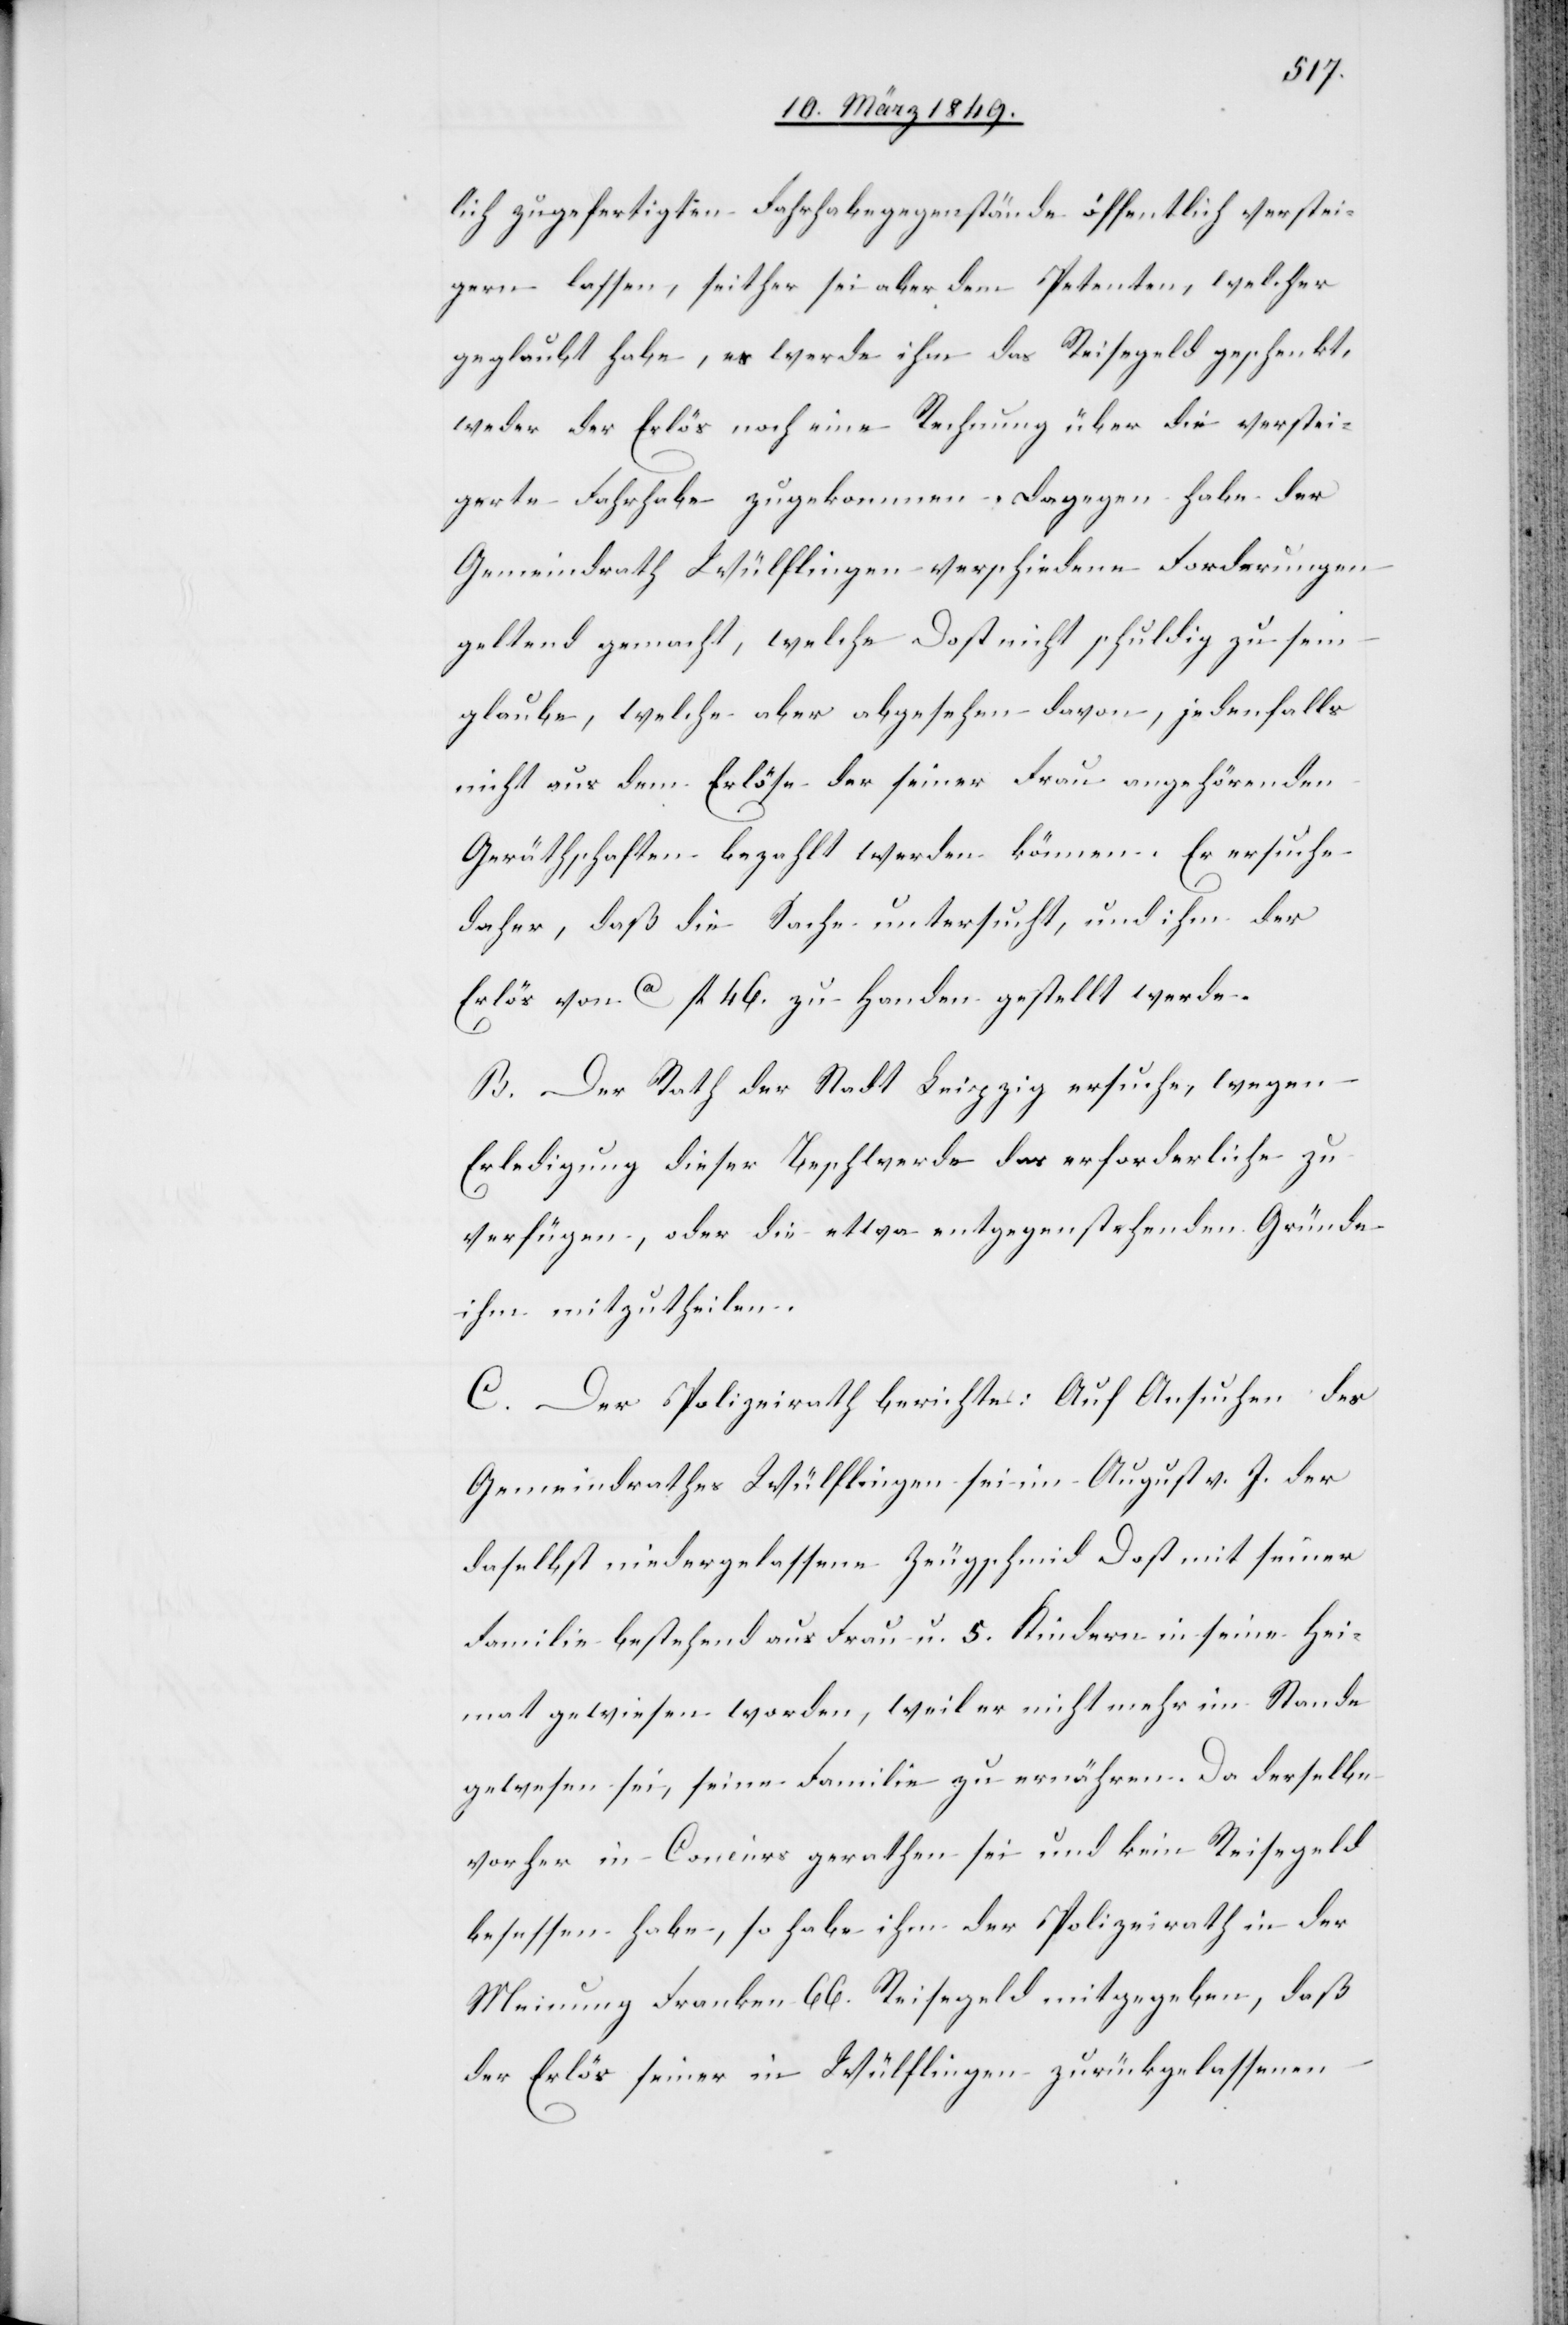
lich zugefertigten Fahrhabegegenstände öffentlich verstei¬
gern lassen, seither sei aber dem Petenten, welcher
geglaubt habe, es werde ihm das Reisegeld geschenkt,
weder der Erlös noch eine Rechnung über die verstei¬
gerte Fahrhabe zugekommen. Dagegen habe der
Gemeindrath Wülflingen verschiedene Forderungen
geltend gemacht, welche Dost nicht schuldig zu sein
glaube, welche aber abgesehen davon, jedenfalls
nicht aus dem Erlöse der seiner Frau angehörenden
Geräthschaften bezahlt werden können. Er ersuche
daher, daß die Sache untersucht, und ihm der
Erlös von ca fl. 46. zu Handen gestellt werde.
B. Der Rath der Stadt Leipzig ersuche, wegen
Erledigung dieser Beschwerde das erforderliche zu
verfügen, oder die etwa entgegenstehenden Gründe
ihm mitzutheilen.
C. Der Polizeirath berichte: Auf Ansuchen des
Gemeindrathes Wülflingen sei im August v. J. der
daselbst niedergelassene Zeugschmid Dost mit seiner
Familie bestehend aus Frau u. 5. Kindern in seine Hei¬
mat gewiesen worden, weil er nicht mehr im Stande
gewesen sei, seine Familie zu ernähren. Da derselbe
vorher in Concurs gerathen sei und kein Reisegeld
besessen habe, so habe ihm der Polizeirath in der
Meinung Franken 66. Reisegeld mitgegeben, daß
der Erlös seiner in Wülflingen zurückgelassenen